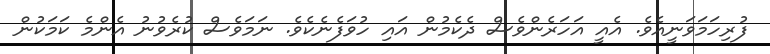
ފުރިހަމަވަނީއެވެ. އެއީ އަހަރެންވެސް ދެކެމުން އައި ހުވަފެނެކެވެ. ނަމަވެސް ކުރެވުނު އެންމެ ކަމަކުން